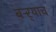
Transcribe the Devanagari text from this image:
बऱ्र्‍याच